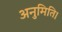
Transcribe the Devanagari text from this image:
अनुमिति।